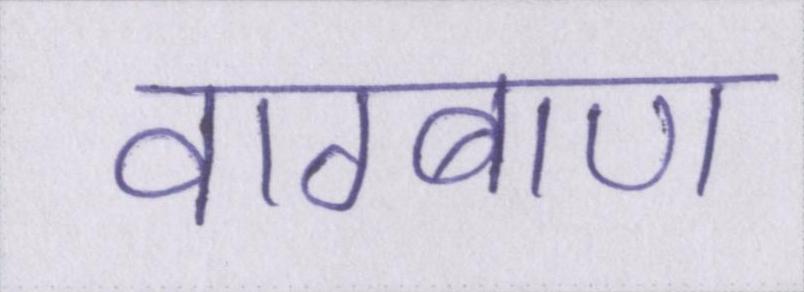
वाग्बाण